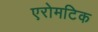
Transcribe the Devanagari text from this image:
एरोमटिक